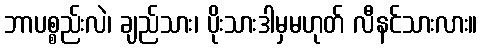
ဘာပစ္စည်းလဲ၊ ချည်သား၊ ပိုးသားဒါမှမဟုတ် လီနင်သားလား။